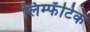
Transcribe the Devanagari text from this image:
लिम्फॅटिक